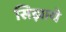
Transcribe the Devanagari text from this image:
सिझाये